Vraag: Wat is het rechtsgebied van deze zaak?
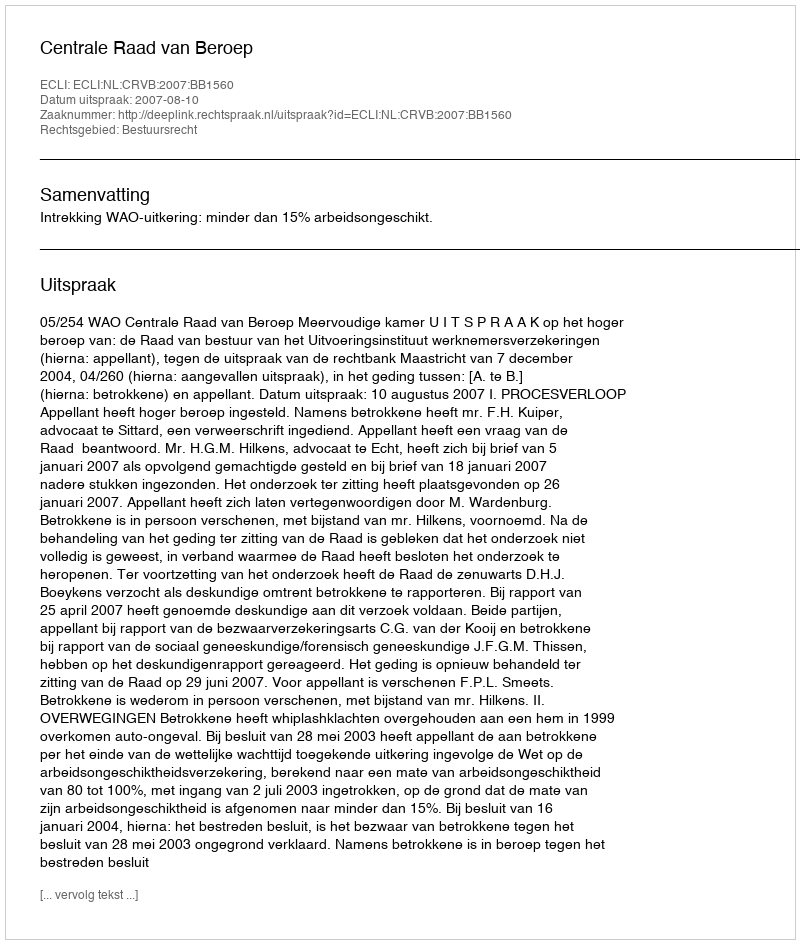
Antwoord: Bestuursrecht